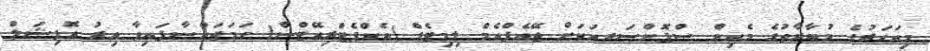
މިއަހަރުގެ މުބާރާތުގެ މެއިން ސްޕޮންސަރއަކަށް ޖޭއެފްއެމް ލިމިޓެޑް (އެކްޕެޓްރިއޭޓްސް) ހަމަޖައްސާފައިވާ އިރު އޮފިޝަލް